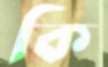
কি